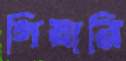
গিয়ারি